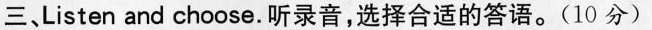
三、Listen and choose.听录音,选择合适的答语.(10 分)